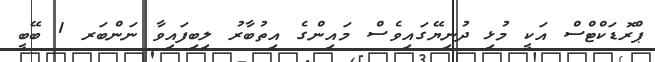
ޕްރޮޑަކްޓްސް އަކީ މުޅި ދުނިޔޭގައިވެސް މައިންގެ އިތުބާރު ލިބިފައިވާ ނަންބަރ 1 ބޭބީ